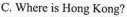
C. Where is Hong Kong?